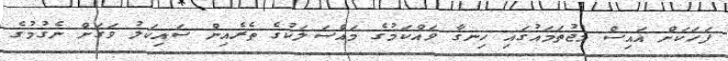
ފަހަކަށް އައިސް މުޖުތަމައުުގައި ހިނގާ ވައްކަމުގެ މައްސަލަކުގެ ތެރެއިން ސައިކަލު ވަގަށް ނެގުމުގެ